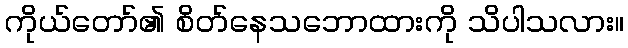
ကိုယ်တော်၏ စိတ်နေသဘောထားကို သိပါသလား။